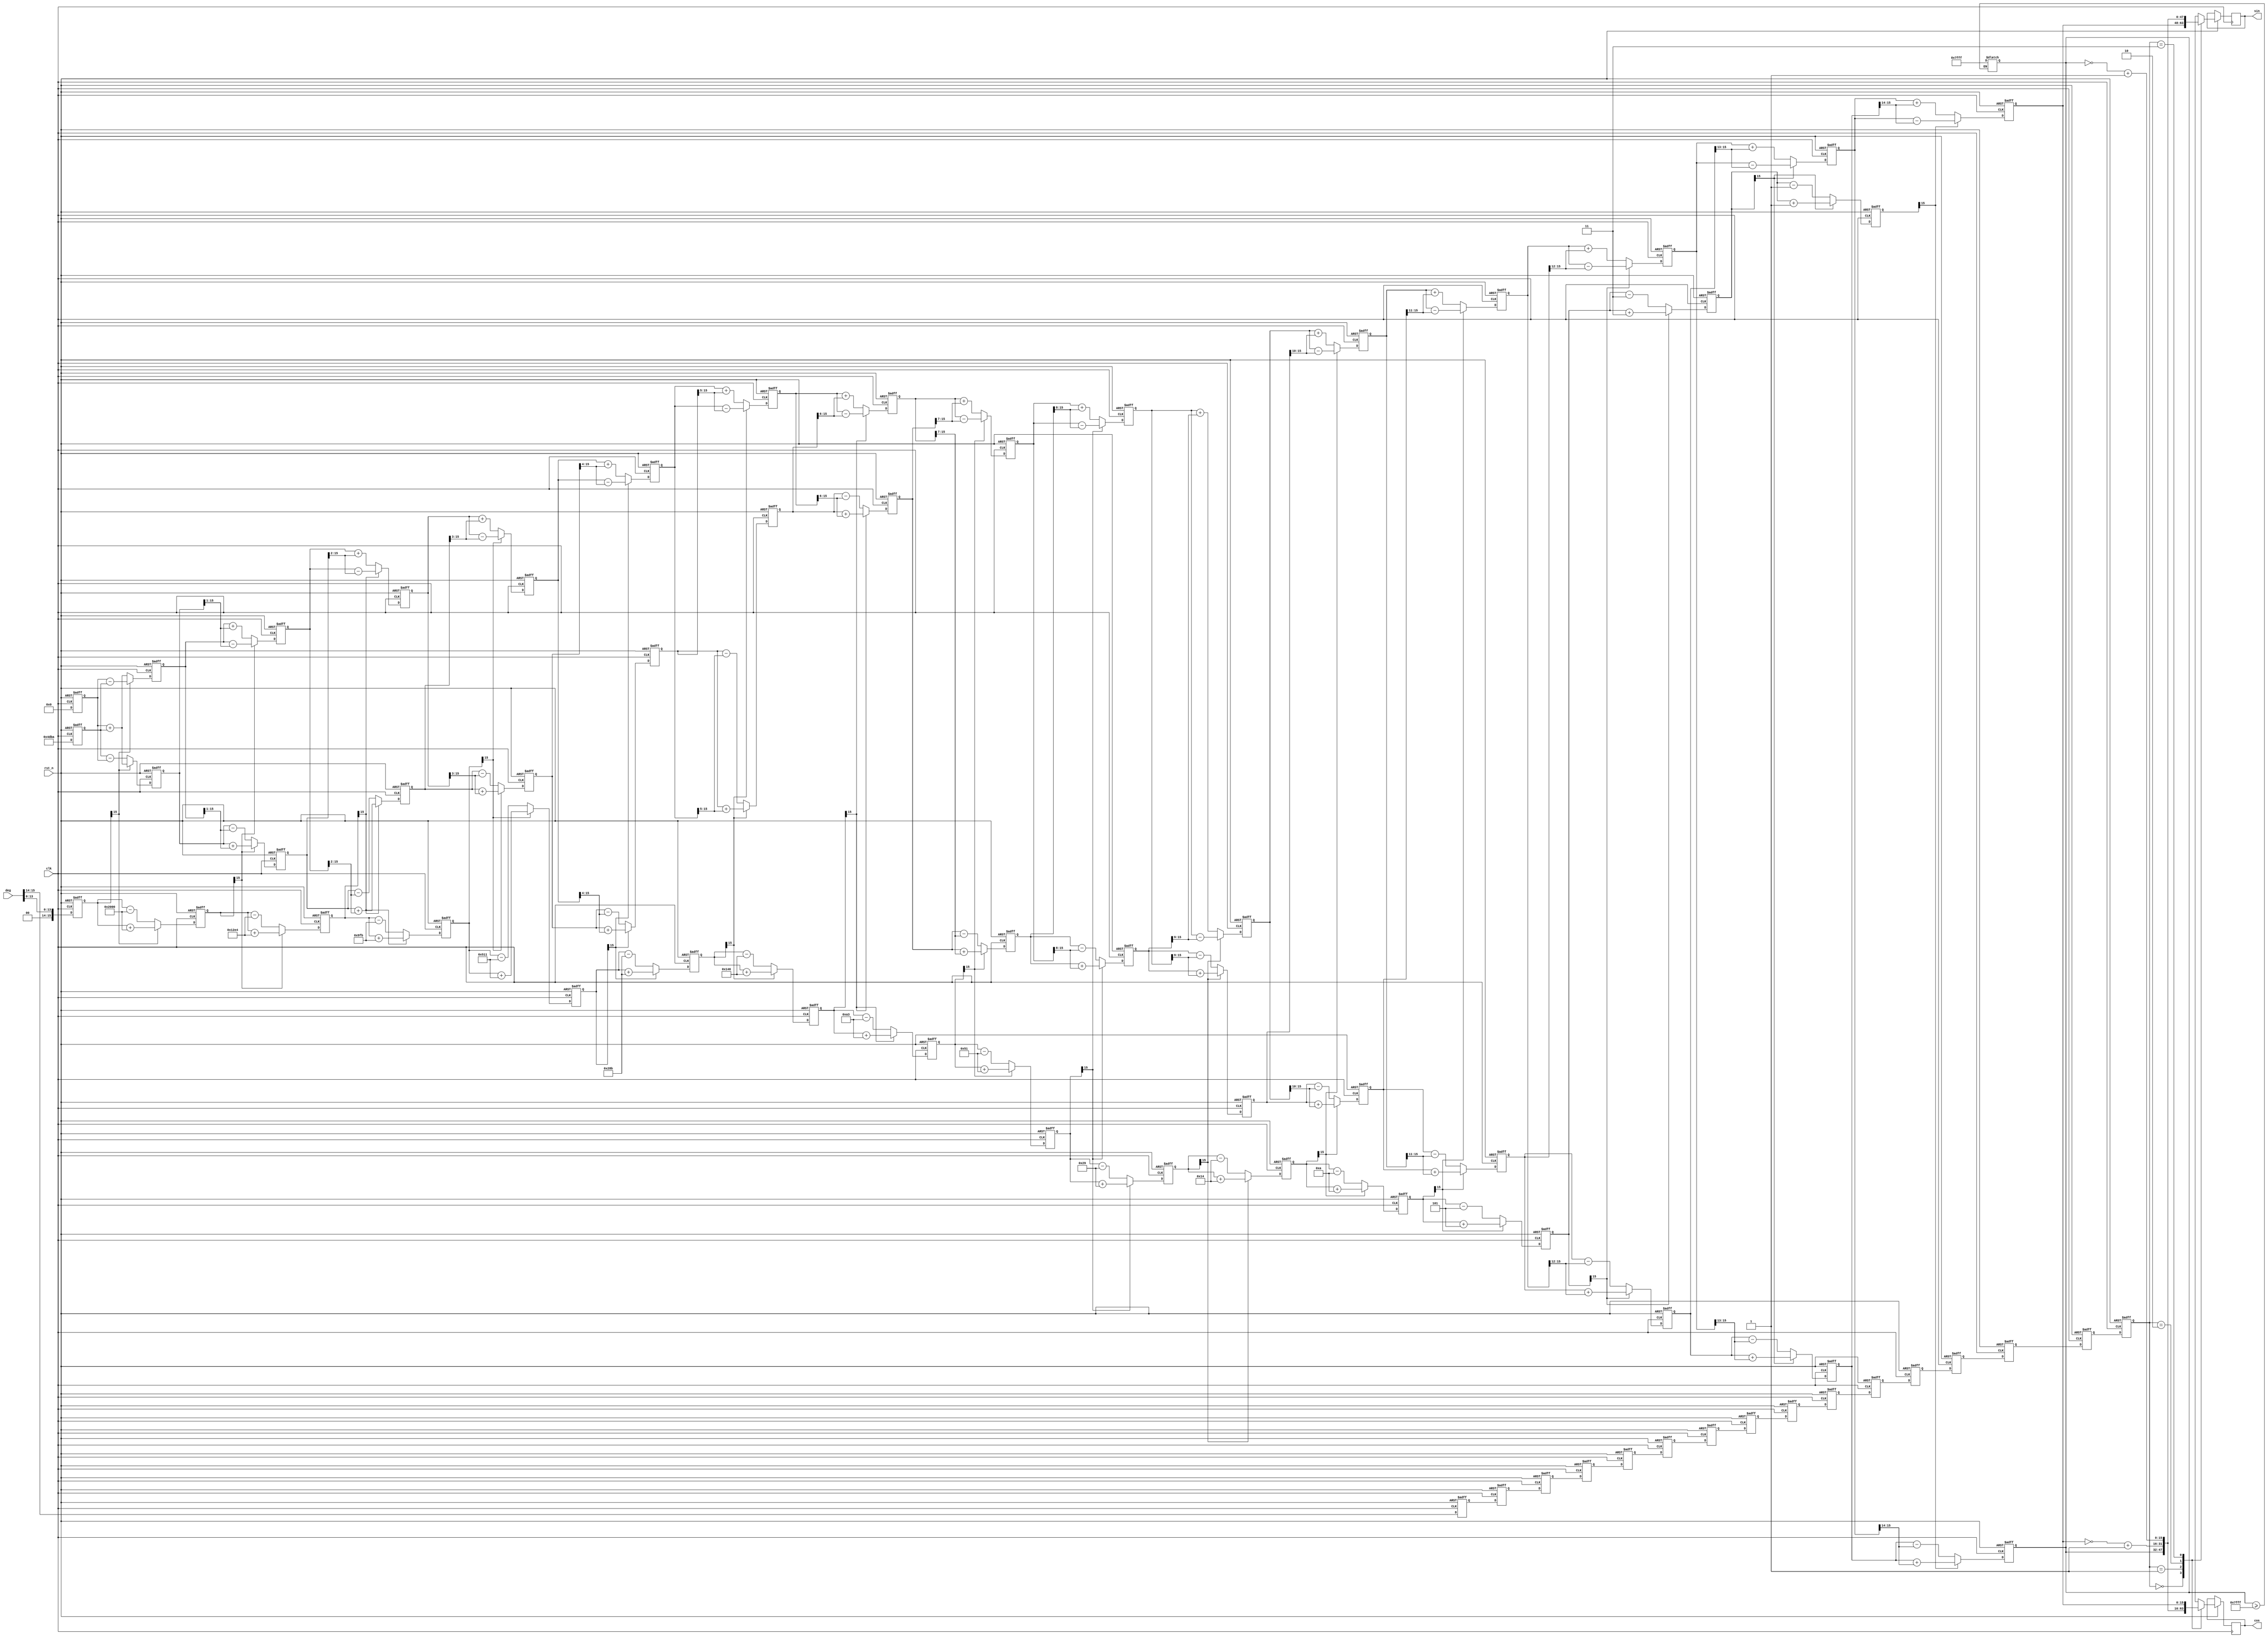
module cordic(deg,clk,rst_n,sin,cos);
	`define WIDTH 16

	input [`WIDTH-1:0] deg;
    input clk;   
    input rst_n;
    output reg [`WIDTH-1:0] sin;
    output reg [`WIDTH-1:0] cos;

    reg [1:0] quadrant [`WIDTH-1:0];

    reg [`WIDTH-1:0] x0;
	reg [`WIDTH-1:0] y0;
	reg [`WIDTH-1:0] z0;
	reg [`WIDTH-1:0] x1;
	reg [`WIDTH-1:0] y1;
	reg [`WIDTH-1:0] z1;
	reg [`WIDTH-1:0] x2;
	reg [`WIDTH-1:0] y2;
	reg [`WIDTH-1:0] z2;
	reg [`WIDTH-1:0] x3;
	reg [`WIDTH-1:0] y3;
	reg [`WIDTH-1:0] z3;
	reg [`WIDTH-1:0] x4;
	reg [`WIDTH-1:0] y4;
	reg [`WIDTH-1:0] z4;
	reg [`WIDTH-1:0] x5;
	reg [`WIDTH-1:0] y5;
	reg [`WIDTH-1:0] z5;
	reg [`WIDTH-1:0] x6;
	reg [`WIDTH-1:0] y6;
	reg [`WIDTH-1:0] z6;
	reg [`WIDTH-1:0] x7;
	reg [`WIDTH-1:0] y7;
	reg [`WIDTH-1:0] z7;
	reg [`WIDTH-1:0] x8;
	reg [`WIDTH-1:0] y8;
	reg [`WIDTH-1:0] z8;
	reg [`WIDTH-1:0] x9;
	reg [`WIDTH-1:0] y9;
	reg [`WIDTH-1:0] z9;
	reg [`WIDTH-1:0] x10;
	reg [`WIDTH-1:0] y10;
	reg [`WIDTH-1:0] z10;
	reg [`WIDTH-1:0] x11;
	reg [`WIDTH-1:0] y11;
	reg [`WIDTH-1:0] z11;
	reg [`WIDTH-1:0] x12;
	reg [`WIDTH-1:0] y12;
	reg [`WIDTH-1:0] z12;
	reg [`WIDTH-1:0] x13;
	reg [`WIDTH-1:0] y13;
	reg [`WIDTH-1:0] z13;
	reg [`WIDTH-1:0] x14;
	reg [`WIDTH-1:0] y14;
	reg [`WIDTH-1:0] z14;
	reg [`WIDTH-1:0] x15;
	reg [`WIDTH-1:0] y15;
	reg [`WIDTH-1:0] z15;

	`define rot0 16'h2000
    `define rot1 16'h12e4
    `define rot2 16'h09fb
    `define rot3 16'h0511
    `define rot4 16'h028b
    `define rot5 16'h0146
    `define rot6 16'h00a3
    `define rot7 16'h0051
    `define rot8 16'h0029
    `define rot9 16'h0014
    `define rot10 16'h000a
    `define rot11 16'h0005
    `define rot12 16'h0003
    `define rot13 16'h0001
    `define rot14 16'h0001
    `define rot15 16'h0000
	    




	





	always @(posedge clk or negedge rst_n) begin
		if (!rst_n) begin
			x0<=0;
			y0<=0;
			z0=0;
			
		end
		else begin
			x0<=16'h4dba;
            y0<=0;
			z0<=deg[`WIDTH-3:0];
		end
	end




always @(posedge clk or negedge rst_n) begin
                if (!rst_n) begin
                        x1<=0;
                        y1<=0;
                        z1=0;
                end
                else
                if(z0[`WIDTH-1]==1'b0)begin
                        x1<=x0-(y0>>0);
                        y1<=y0+(x0>>0);
                        z1<=z0-`rot0;
                end
                else begin
                        x1<=x0+(y0>>0);
                        y1<=y0-(x0>>0);
                        z1<=z0+`rot0;
                end
        end
    always @(posedge clk or negedge rst_n) begin
            if (!rst_n) begin
                    x2<=0;
                    y2<=0;
                    z2=0;
            end
            else
            if(z1[`WIDTH-1]==1'b0)begin
                    x2<=x1-(y1>>1);
                    y2<=y1+(x1>>1);
                    z2<=z1-`rot1;
            end
            else begin
                    x2<=x1+(y1>>1);
                    y2<=y1-(x1>>1);
                    z2<=z1+`rot1;
            end
    end
    always @(posedge clk or negedge rst_n) begin
            if (!rst_n) begin
                    x3<=0;
                    y3<=0;
                    z3=0;
            end
            else
            if(z2[`WIDTH-1]==1'b0)begin
                    x3<=x2-(y2>>2);
                    y3<=y2+(x2>>2);
                    z3<=z2-`rot2;
            end
            else begin
                    x3<=x2+(y2>>2);
                    y3<=y2-(x2>>2);
                    z3<=z2+`rot2;
            end
    end
    always @(posedge clk or negedge rst_n) begin
            if (!rst_n) begin
                    x4<=0;
                    y4<=0;
                    z4=0;
            end
            else
            if(z3[`WIDTH-1]==1'b0)begin
                    x4<=x3-(y3>>3);
                    y4<=y3+(x3>>3);
                    z4<=z3-`rot3;
            end
            else begin
                    x4<=x3+(y3>>3);
                    y4<=y3-(x3>>3);
                    z4<=z3+`rot3;
            end
    end
    always @(posedge clk or negedge rst_n) begin
            if (!rst_n) begin
                    x5<=0;
                    y5<=0;
                    z5=0;
            end
            else
            if(z4[`WIDTH-1]==1'b0)begin
                    x5<=x4-(y4>>4);
                    y5<=y4+(x4>>4);
                    z5<=z4-`rot4;
            end
            else begin
                    x5<=x4+(y4>>4);
                    y5<=y4-(x4>>4);
                    z5<=z4+`rot4;
            end
    end
    always @(posedge clk or negedge rst_n) begin
            if (!rst_n) begin
                    x6<=0;
                    y6<=0;
                    z6=0;
            end
            else
            if(z5[`WIDTH-1]==1'b0)begin
                    x6<=x5-(y5>>5);
                    y6<=y5+(x5>>5);
                    z6<=z5-`rot5;
            end
            else begin
                    x6<=x5+(y5>>5);
                    y6<=y5-(x5>>5);
                    z6<=z5+`rot5;
            end
    end
    always @(posedge clk or negedge rst_n) begin
            if (!rst_n) begin
                    x7<=0;
                    y7<=0;
                    z7=0;
            end
            else
            if(z6[`WIDTH-1]==1'b0)begin
                    x7<=x6-(y6>>6);
                    y7<=y6+(x6>>6);
                    z7<=z6-`rot6;
            end
            else begin
                    x7<=x6+(y6>>6);
                    y7<=y6-(x6>>6);
                    z7<=z6+`rot6;
            end
    end
    always @(posedge clk or negedge rst_n) begin
            if (!rst_n) begin
                    x8<=0;
                    y8<=0;
                    z8=0;
            end
            else
            if(z7[`WIDTH-1]==1'b0)begin
                    x8<=x7-(y7>>7);
                    y8<=y7+(x7>>7);
                    z8<=z7-`rot7;
            end
            else begin
                    x8<=x7+(y7>>7);
                    y8<=y7-(x7>>7);
                    z8<=z7+`rot7;
            end
    end
    always @(posedge clk or negedge rst_n) begin
            if (!rst_n) begin
                    x9<=0;
                    y9<=0;
                    z9=0;
            end
            else
            if(z8[`WIDTH-1]==1'b0)begin
                    x9<=x8-(y8>>8);
                    y9<=y8+(x8>>8);
                    z9<=z8-`rot8;
            end
            else begin
                    x9<=x8+(y8>>8);
                    y9<=y8-(x8>>8);
                    z9<=z8+`rot8;
            end
    end
    always @(posedge clk or negedge rst_n) begin
            if (!rst_n) begin
                    x10<=0;
                    y10<=0;
                    z10=0;
            end
            else
            if(z9[`WIDTH-1]==1'b0)begin
                    x10<=x9-(y9>>9);
                    y10<=y9+(x9>>9);
                    z10<=z9-`rot9;
            end
            else begin
                    x10<=x9+(y9>>9);
                    y10<=y9-(x9>>9);
                    z10<=z9+`rot9;
            end
    end
    always @(posedge clk or negedge rst_n) begin
            if (!rst_n) begin
                    x11<=0;
                    y11<=0;
                    z11=0;
            end
            else
            if(z10[`WIDTH-1]==1'b0)begin
                    x11<=x10-(y10>>10);
                    y11<=y10+(x10>>10);
                    z11<=z10-`rot10;
            end
            else begin
                    x11<=x10+(y10>>10);
                    y11<=y10-(x10>>10);
                    z11<=z10+`rot10;
            end
    end
    always @(posedge clk or negedge rst_n) begin
            if (!rst_n) begin
                    x12<=0;
                    y12<=0;
                    z12=0;
            end
            else
            if(z11[`WIDTH-1]==1'b0)begin
                    x12<=x11-(y11>>11);
                    y12<=y11+(x11>>11);
                    z12<=z11-`rot11;
            end
            else begin
                    x12<=x11+(y11>>11);
                    y12<=y11-(x11>>11);
                    z12<=z11+`rot11;
            end
    end
    always @(posedge clk or negedge rst_n) begin
            if (!rst_n) begin
                    x13<=0;
                    y13<=0;
                    z13=0;
            end
            else
            if(z12[`WIDTH-1]==1'b0)begin
                    x13<=x12-(y12>>12);
                    y13<=y12+(x12>>12);
                    z13<=z12-`rot12;
            end
            else begin
                    x13<=x12+(y12>>12);
                    y13<=y12-(x12>>12);
                    z13<=z12+`rot12;
            end
    end
    always @(posedge clk or negedge rst_n) begin
            if (!rst_n) begin
                    x14<=0;
                    y14<=0;
                    z14=0;
            end
            else
            if(z13[`WIDTH-1]==1'b0)begin
                    x14<=x13-(y13>>13);
                    y14<=y13+(x13>>13);
                    z14<=z13-`rot13;
            end
            else begin
                    x14<=x13+(y13>>13);
                    y14<=y13-(x13>>13);
                    z14<=z13+`rot13;
            end
    end
    always @(posedge clk or negedge rst_n) begin
            if (!rst_n) begin
                    x15<=0;
                    y15<=0;
                    z15=0;
            end
            else
            if(z14[`WIDTH-1]==1'b0)begin
                    x15<=x14-(y14>>14);
                    y15<=y14+(x14>>14);
                    z15<=z14-`rot14;
            end
            else begin
                    x15<=x14+(y14>>14);
                    y15<=y14-(x14>>14);
                    z15<=z14+`rot14;
            end
    end


always @(*)begin
  if(x15>=16'b0111111111111111)
    x15<=16'b0111111111111111;
  end






always @(posedge clk or negedge rst_n) begin
                if (!rst_n) begin
                        quadrant[0]<=2'b0;
                        quadrant[1]<=2'b0;
                        quadrant[2]<=2'b0;
                        quadrant[3]<=2'b0;
                        quadrant[4]<=2'b0;
                        quadrant[5]<=2'b0;
                        quadrant[6]<=2'b0;
                        quadrant[7]<=2'b0;
                        quadrant[8]<=2'b0;
                        quadrant[9]<=2'b0;
                        quadrant[10]<=2'b0;
                        quadrant[11]<=2'b0;
                        quadrant[12]<=2'b0;
                        quadrant[13]<=2'b0;
                        quadrant[14]<=2'b0;
                        quadrant[15]<=2'b0;
                end
                else begin
                        quadrant[0]<=deg[`WIDTH-1:`WIDTH-2];
                        quadrant[1]<=quadrant[0];
                        quadrant[2]<=quadrant[1];
                        quadrant[3]<=quadrant[2];
                        quadrant[4]<=quadrant[3];
                        quadrant[5]<=quadrant[4];
                        quadrant[6]<=quadrant[5];
                        quadrant[7]<=quadrant[6];
                        quadrant[8]<=quadrant[7];
                        quadrant[9]<=quadrant[8];
                        quadrant[10]<=quadrant[9];
                        quadrant[11]<=quadrant[10];
                        quadrant[12]<=quadrant[11];
                        quadrant[13]<=quadrant[12];
                        quadrant[14]<=quadrant[13];
                        quadrant[15]<=quadrant[14];
                end
        end



always @(posedge clk or negedge rst_n) begin
	if (!rst_n) begin
		
		
	end
	else 
	case(quadrant[15])
	 2'b00:begin 
           cos <= x15;
           sin <= y15;
           end
   2'b01:begin 
           cos <= ~(y15) + 1'b1;
          sin <= x15;
          end
  2'b10:begin 
          cos <= ~(x15) + 1'b1;
          sin <= ~(y15) + 1'b1;
          end
  2'b11:begin 
          cos <= y15;
          sin <= ~(x15) + 1'b1;
          end
    endcase
    end




    
endmodule